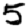
Digit: 5